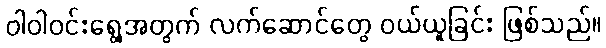
ဝါဝါဝင်းရွေ့အတွက် လက်ဆောင်တွေ ဝယ်ယူခြင်း ဖြစ်သည်။